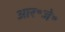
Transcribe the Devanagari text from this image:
आर॰जे॰